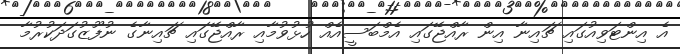
އެ އިންޓަވިއުގައި ޗައިނާ އިން ރާއްޖޭގައި އެމްބަސީއެއް ހުޅުވުމާއި ރާއްޖޭގައި ޗައިނާގެ ނުފޫޒުގަދަކުރުމާ